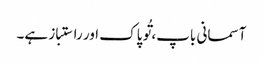
آسمانی باپ، تُو پاک اور راستباز ہے۔